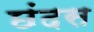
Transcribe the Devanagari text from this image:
छंदस